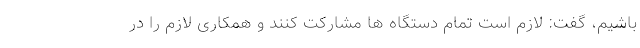
باشیم، گفت: لازم است تمام دستگاه ها مشارکت کنند و همکاری لازم را در